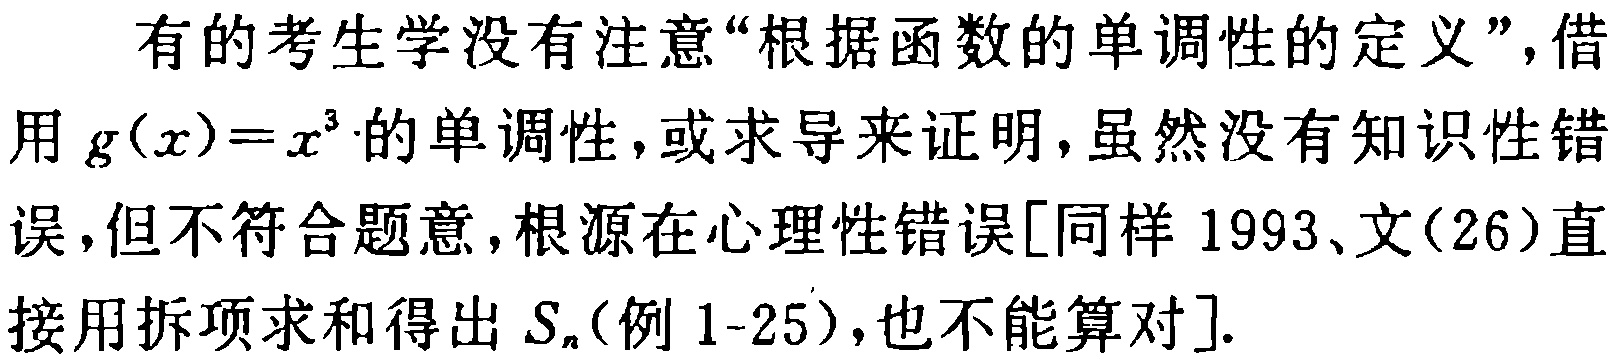
有的考生学没有注意“根据函数的单调性的定义”，借用\(g(x)=x^{3}\)的单调性，或求导来证明，虽然没有知识性错误，但不符合题意，根源在心理性错误[同样 1993、文(26)直接用拆项求和得出\(S_{n}\)(例 1-25)，也不能算对].